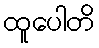
ထူပေါတိ